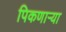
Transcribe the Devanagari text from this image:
पिकणाऱ्या